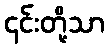
၎င်းတို့သာ